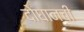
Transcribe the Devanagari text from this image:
दोघानची